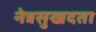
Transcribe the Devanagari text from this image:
नेत्रसुखदता